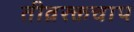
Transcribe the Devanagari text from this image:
तीव्ररक्तचाप